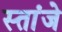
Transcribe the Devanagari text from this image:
स्तांजे